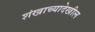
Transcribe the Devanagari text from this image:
शंखाच्यादेखील